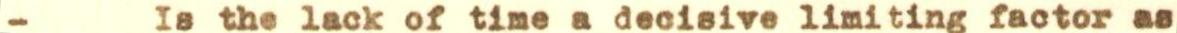
- Is the lack of time a decisive limiting factor as